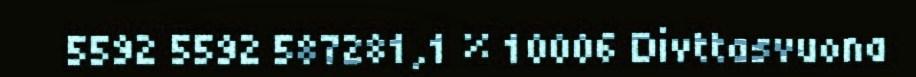
5592 5592 587281,1 % 10006 Divttasvuona